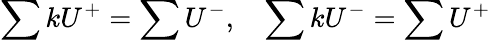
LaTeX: \sum kU^{+}=\sum U^{-},~~~\sum kU^{-}=\sum U^{+}